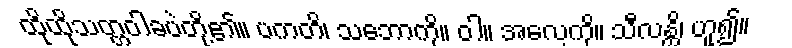
ထိုထိုသတ္တဝါခပဲတို့၏။ ပကတိ၊ သဘောကို။ ဝါ။ အလေ့ကို။ သီလန္တိ၊ ဟူ၍။